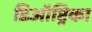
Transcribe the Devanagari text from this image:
डिऑप्ट्रिका